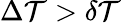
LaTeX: \Delta\mathcal{T}>\delta\mathcal{T}